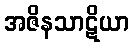
အဇိနသာဋိယာ